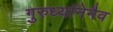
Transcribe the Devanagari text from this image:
गुरुर्ध्यानेनैव